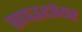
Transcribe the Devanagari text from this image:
सापऊटवेयर